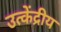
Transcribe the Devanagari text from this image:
उत्केंद्रीय